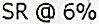
SR @ 6%